Sanitation, dispensaries and jails vaccination Rajputana 1922-1927 - 1922-1927
Year: 1922
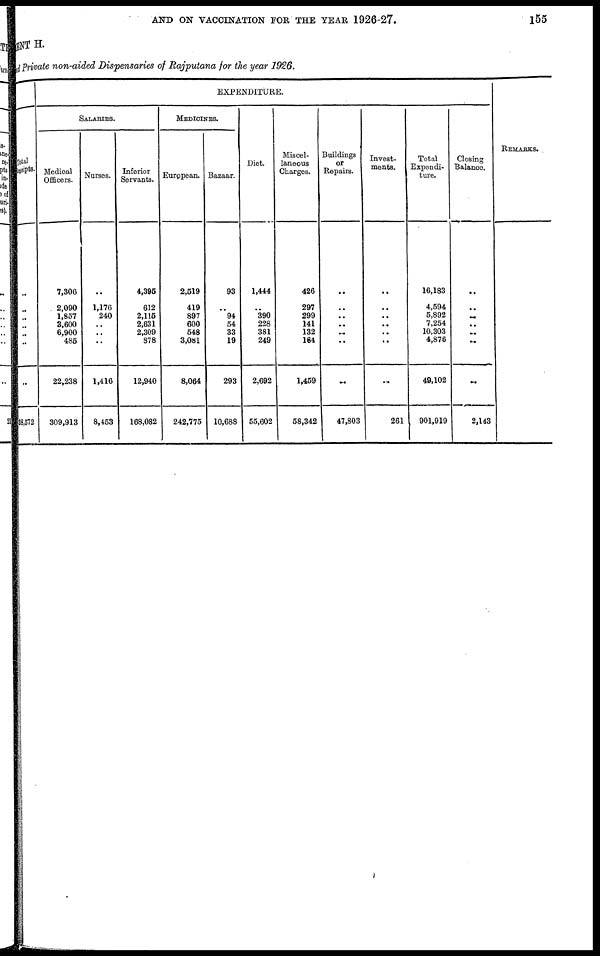
AND ON VACCINATION FOR THE YEAR 1926-27.
155
MENT H.
and Private non-aided Dispensaries of Rajputana for the year 1926.
Total
coeipts.
..
..
..
..
..
..
..
38,572
EXPENDITURE.
SALARIES.
Medical
Officers.
7,306
2,090
1,857
3,600
6,900
485
22,238
309,913
Nurses.
..
1,176
240
..
..
..
1,416
8,453
Inferior
Servants.
4,395
612
2,115
2,631
2,309
878
12,940
168,082
MEDICINES.
European.
2,519
419
897
600
548
3,081
8,064
242,775
Bazaar.
93
..
94
54
33
19
293
10,688
Diet.
1,444
..
390
228
381
249
2,692
55,602
Miscel-
laneous
Charges.
426
297
299
141
132
164
1,459
58,342
Buildings
or
Repairs.
..
..
..
..
..
..
..
47,803
Invest-
ments.
..
..
..
..
..
..
..
261
Total
Expendi-
ture.
16,183
4,594
5,892
7,254
10,303
4,876
49,102
901,919
Closing
Balance.
..
..
..
..
..
..
..
2,143
REMARKS.